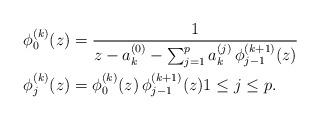
LaTeX: \begin{align*}\phi_{0}^{(k)}(z) & =\frac{1}{z-a_{k}^{(0)}-\sum_{j=1}^{p}a_{k}^{(j)}\,\phi_{j-1}^{(k+1)}(z)}\\\phi_{j}^{(k)}(z) & =\phi_{0}^{(k)}(z)\,\phi^{(k+1)}_{j-1}(z)1\leq j\leq p.\end{align*}